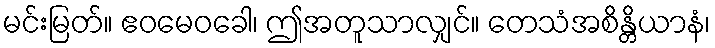
မင်းမြတ်။ ဧဝမေဝခေါ၊ ဤအတူသာလျှင်။ တေသံအစိန္တိယာနံ၊